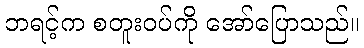
ဘရင့်က စတူးဝပ်ကို အော်ပြောသည်။